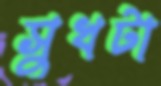
সুখটা